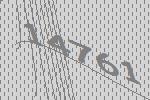
14761